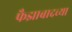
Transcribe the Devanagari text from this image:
फैझाबादच्या